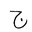
Letter: _gim